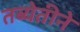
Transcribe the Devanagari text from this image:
तब्येतीने